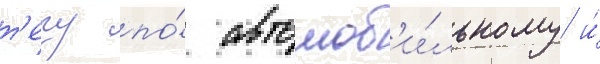
т'ечу по́ автомоб'и́льному и́